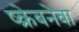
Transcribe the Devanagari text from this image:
ष्क्रेबनेवा